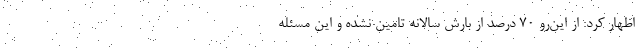
اظهار کرد: از این‌رو ۷۰ درصد از بارش سالانه تامین نشده و این مسئله